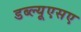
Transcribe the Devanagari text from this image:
डब्ल्यूएसए